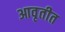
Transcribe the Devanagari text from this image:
आवृतीत